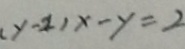
( y - 2 ) x - y = 2